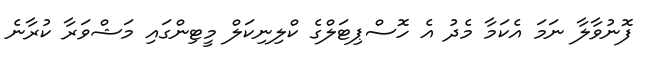
ފޮނުވާލާ ނަމަ އެކަމާ މެދު އެ ހޮސްޕިޓަލްގެ ކްލިނިކަލް މީޓިންގައި މަޝްވަރާ ކުރާނެ